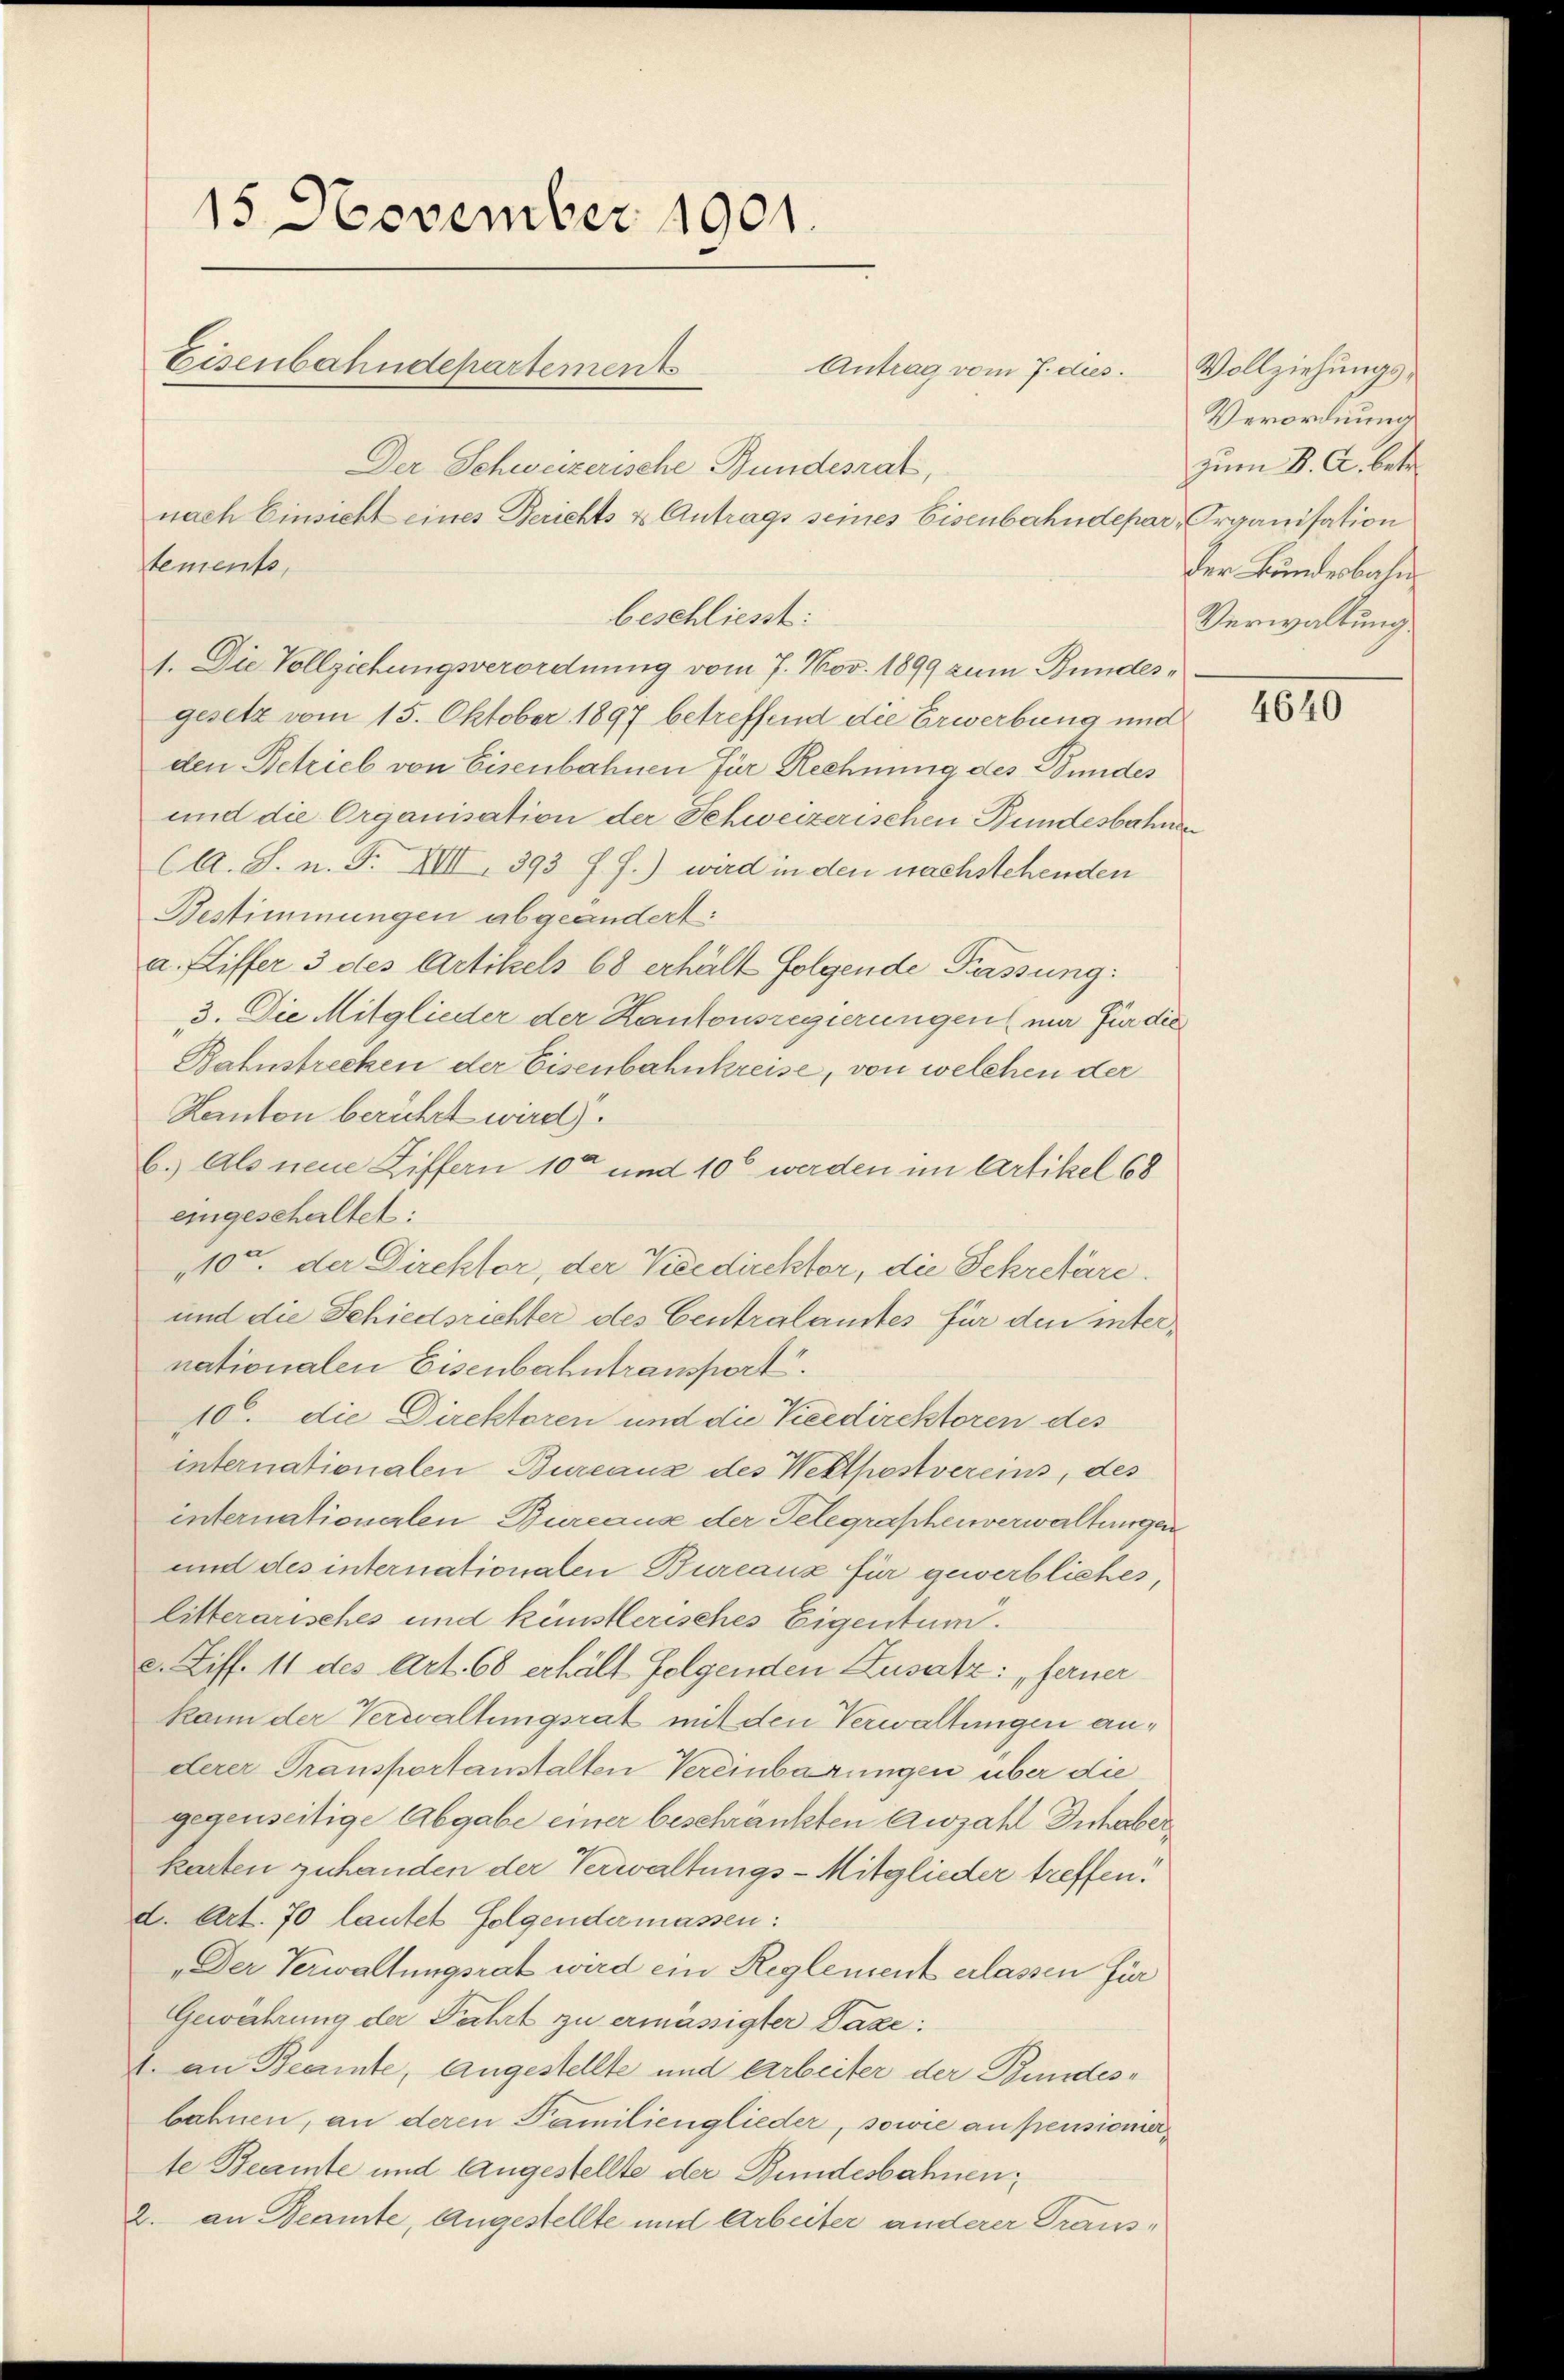
15 November 1901.
Eisenbahndepartement
Der Schweizerische Bundesrat,
nach Einsicht eines Berichts & Antrags seines Eisenbahndepar- Organisation

tements,
beschließt:
1. Die Vollziehungsverordnung vom 7. Nov. 1899 zum Bundesgesetz vom 15. Oktober 1897 betreffend die Erwerbung und
den Betrieb von Eisenbahnen für Rechnung des Bundes
und die Organisation der Schweizerischen Bundesbahnen
CA. S. n. F. XIII 393 f. J.) wird in den nachstehenden
Bestimmungen abgeändert:
a. Ziffer 3 des Artikels 68 erhalt folgende Passung:
3. Die Mitglieder der Kantonsregierungen mir für die
Bahnstrecken der Eisenbahnkreise, von welchen der
Kanton berührt wird).
b. Als neue Ziffern 10ten und 10 werden im Artikel 68
eingeschaltet:
10t. der Direktor, der Vicedirektor, die Sekretäre
und die Schiedsrichter des Centralamtes für den internationalen Eisenbahntransport.
100. die Direktoren und die Vicedirektoren des
internationalen Bureaux des Wettpostvereins, des
internationalen Bureaus der Telegraphenverwaltungen
und des internationalen Bureaux für gewerbliches,
litterarisches und künstlerisches Eigentum.
c. Ziff. 11 des Art. 68 erhält folgenden Zusatz: „ferner
kann der Verwaltungsrat mit den Verwaltungen anderer Transportanstalten Vereinbarungen über die
gegenseitige Abgabe einer beschränkten Anzahl Inhaberkarten zuhanden der Verwaltungs-Mitglieder treffen?
d. Art. 70 lautet folgendermassen:
„Der Verwaltungsrat wird ein Reglement erlassen für
Gewährung der Fahrt zu ermässigter Taxe:
1. an Beamte, angestellte und Arbeiter der Bundesbahnen, an deren Familienglieder, sowie an pensionierte Beamte und Angestellte der Bundesbahnen¬
2. an Beamte, Angestellte und Arbeiter anderer Trans¬

Antrag vom 7. dies

Vollziehungs¬
Verordnung
zum K. A. betr.
Der Bundesbahn
Verwaltung

1640